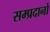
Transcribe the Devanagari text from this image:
सम्प्रदानों